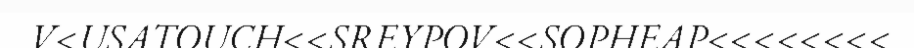
V<USATOUCH<<SREYPOV<<SOPHEAP<<<<<<<<